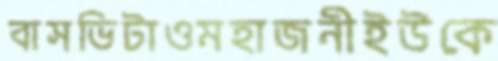
বাসভিটাওমহাজনীইউকে